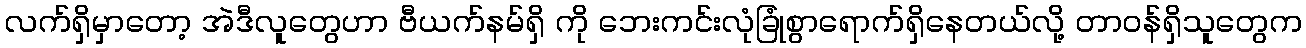
လက်ရှိမှာတော့ အဲဒီလူတွေဟာ ဗီယက်နမ်ရှိ ကို ဘေးကင်းလုံခြုံစွာရောက်ရှိနေတယ်လို့ တာ၀န်ရှိသူတွေက